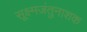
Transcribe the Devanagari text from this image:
सूक्ष्मजंतुनाशक